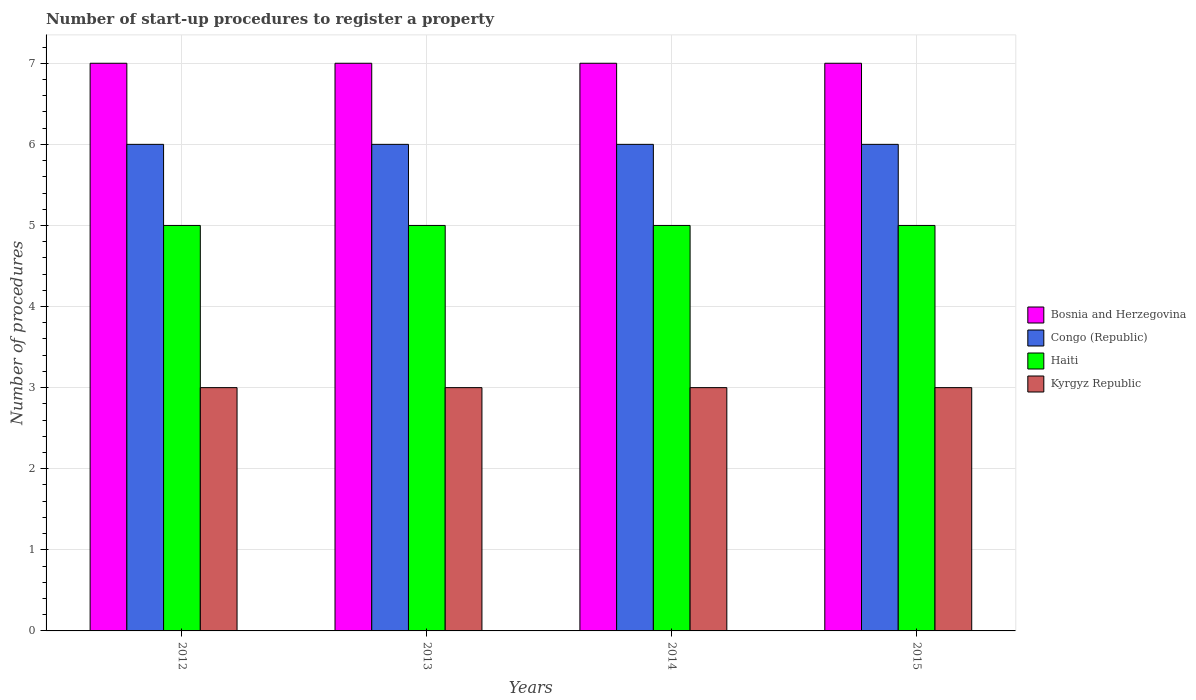
| Years | Bosnia and Herzegovina | Congo (Republic) | Haiti | Kyrgyz Republic |
 | --- | --- | --- | --- | --- |
 | 2012 | 7 | 6 | 5 | 3 |
 | 2013 | 7 | 6 | 5 | 3 |
 | 2014 | 7 | 6 | 5 | 3 |
 | 2015 | 7 | 6 | 5 | 3 |